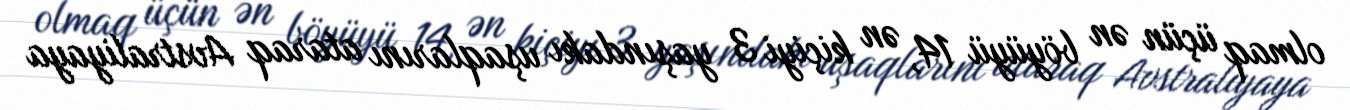
olmaq üçün ən böyüyü 14, ən kiçiyi 3 yaşındakı uşaqlarını ataraq Avstraliyaya